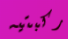
ركبتيه